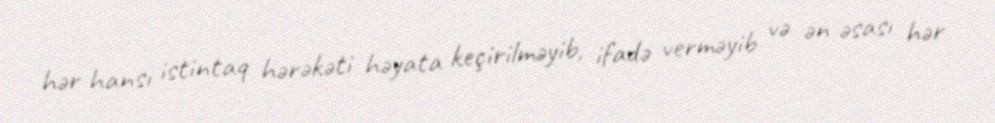
hər hansı istintaq hərəkəti həyata keçirilməyib, ifadə verməyib və ən əsası hər